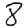
Digit: 8